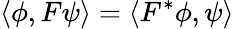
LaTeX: \left\langle\phi,F\psi\right\rangle=\left\langle F^{*}\phi,\psi\right\rangle